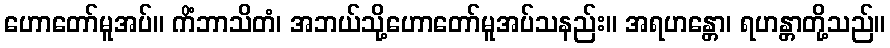
ဟောတော်မူအပ်။ ကိံဘာသိတံ၊ အဘယ်သို့ဟောတော်မူအပ်သနည်း။ အရဟန္တော၊ ရဟန္တာတို့သည်။